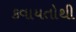
કવાયતોથી